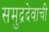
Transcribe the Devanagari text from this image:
समुद्रदेवाची